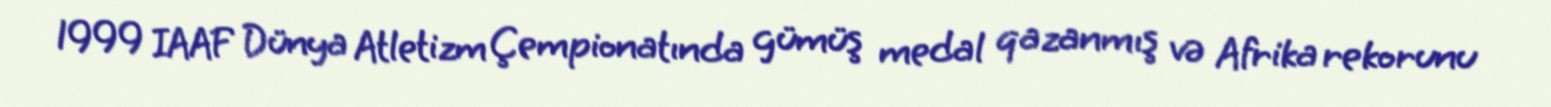
1999 IAAF Dünya Atletizm Çempionatında gümüş medal qazanmış və Afrika rekorunu